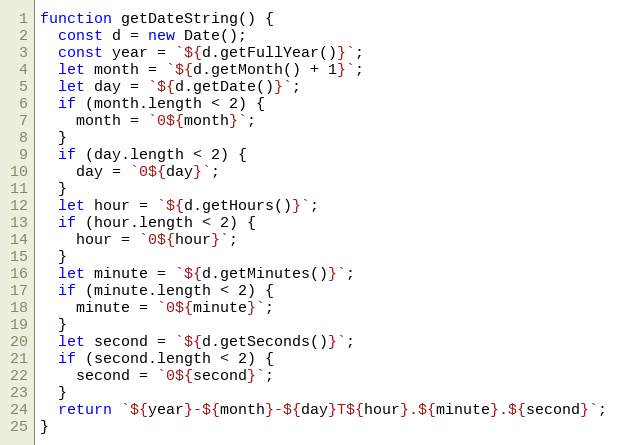
Language: JavaScript
function getDateString() {
  const d = new Date();
  const year = `${d.getFullYear()}`;
  let month = `${d.getMonth() + 1}`;
  let day = `${d.getDate()}`;
  if (month.length < 2) {
    month = `0${month}`;
  }
  if (day.length < 2) {
    day = `0${day}`;
  }
  let hour = `${d.getHours()}`;
  if (hour.length < 2) {
    hour = `0${hour}`;
  }
  let minute = `${d.getMinutes()}`;
  if (minute.length < 2) {
    minute = `0${minute}`;
  }
  let second = `${d.getSeconds()}`;
  if (second.length < 2) {
    second = `0${second}`;
  }
  return `${year}-${month}-${day}T${hour}.${minute}.${second}`;
}